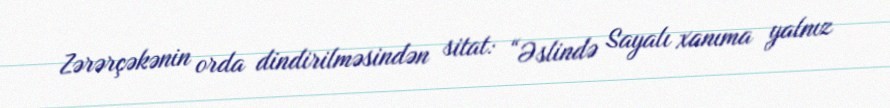
Zərərçəkənin orda dindirilməsindən sitat: “Əslində Sayalı xanıma yalnız